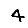
Digit: 4